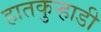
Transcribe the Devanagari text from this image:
हातकुर्‍हाडी